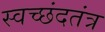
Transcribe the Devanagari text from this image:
स्वच्छंदतंत्र